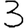
Digit: 3